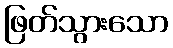
ဖြတ်သွားသော